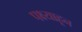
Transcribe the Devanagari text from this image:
पक्ष्याहून